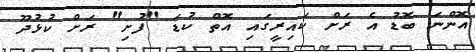
އޮންނަ ބޮޑު އެ ރަށް ކައިރީގައި އޮތް ކުޑަ "ފުށި" ރަށް ކުޅުދޫ